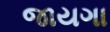
જાયગા